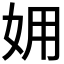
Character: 𡛾